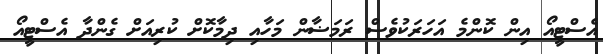
އެސްޓީއޯ އިން ކޮންމެ އަހަރަކުވެސް ރަމަޟާން މަހާއި ދިމާކޮށް ކުރިއަށް ގެންދާ އެސްޓީއޯ